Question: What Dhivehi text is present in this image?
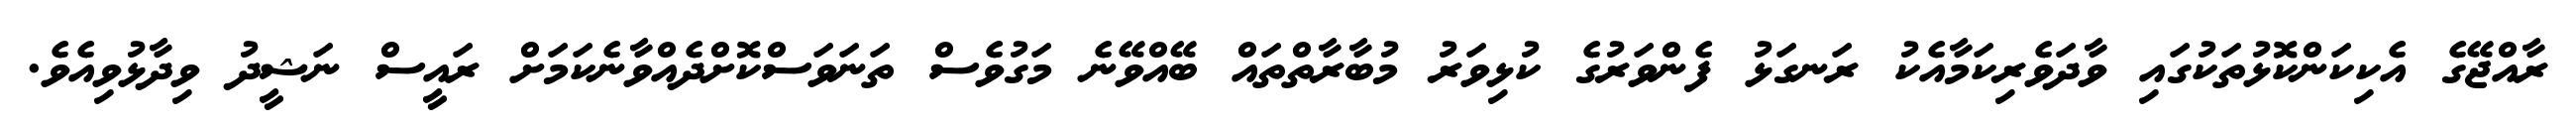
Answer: ރާއްޖޭގެ އެކިކަންކޮޅުތަކުގައި ވާދަވެރިކަމާއެކު ރަނގަޅު ފެންވަރުގެ ކުޅިވަރު މުބާރާތްތައް ބޭއްވޭނެ މަގުވެސް ތަނަވަސްކޮށްދެއްވާނެކަމަށް ރައީސް ނަޝީދު ވިދާޅުވިއެވެ.